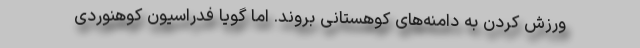
ورزش کردن به دامنه‌های کوهستانی بروند. اما گویا فدراسیون کوهنوردی